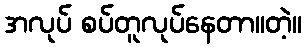
အလုပ် စပ်တူလုပ်နေတာ။တဲ့။